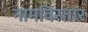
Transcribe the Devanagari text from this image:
नामविस्‍तार